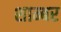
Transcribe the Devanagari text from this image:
शाम्बर